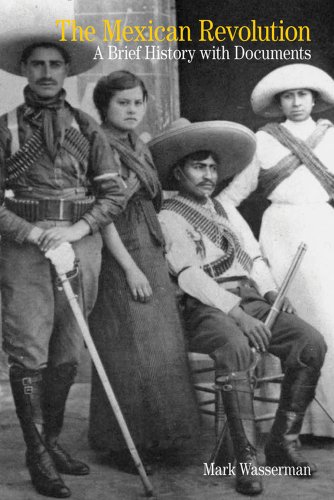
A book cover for The Mexican Revolution: A Brief History with Documents (Bedford Cultural Editions Series); Mark Wasserman; History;